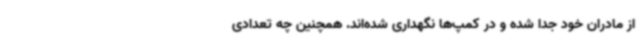
از مادران خود جدا شده و در کمپ‌ها نگهداری شده‌اند. همچنین چه تعدادی